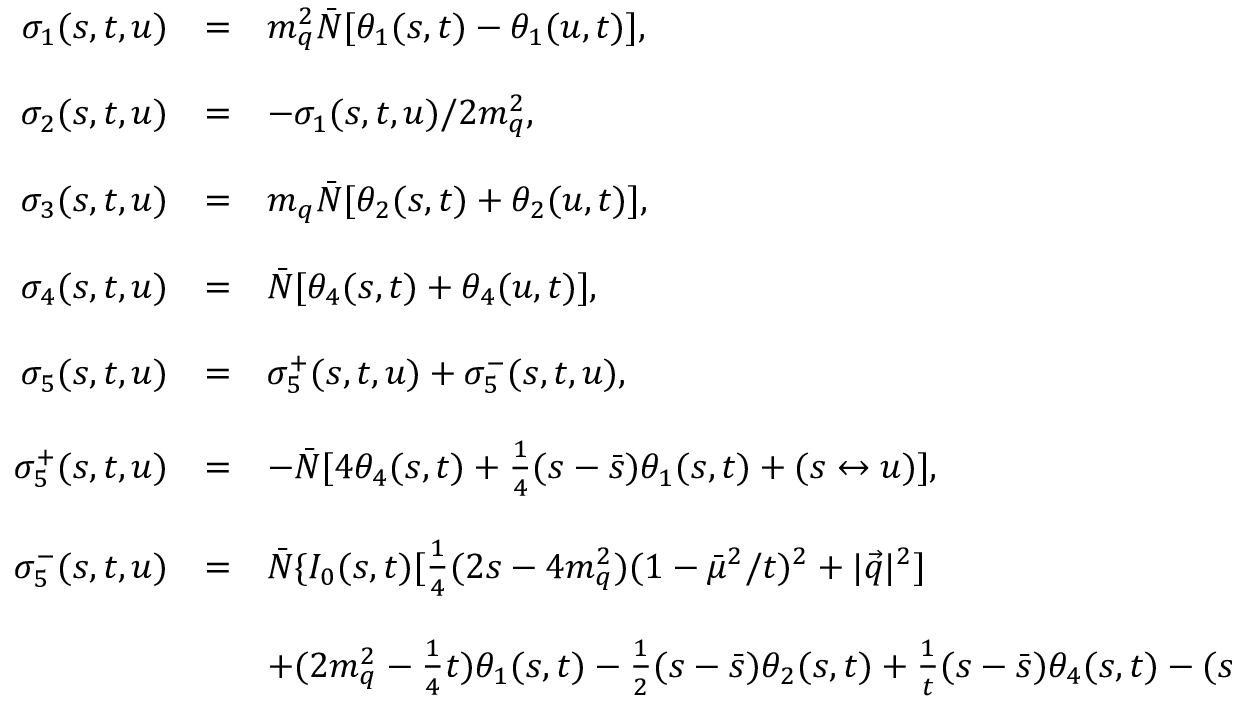
\begin{array} { r c l } { { \sigma _ { 1 } ( s , t , u ) } } & { { = } } & { { m _ { q } ^ { 2 } \bar { N } [ \theta _ { 1 } ( s , t ) - \theta _ { 1 } ( u , t ) ] , } } \\ { { } } & { { } } & { { } } \\ { { \sigma _ { 2 } ( s , t , u ) } } & { { = } } & { { - \sigma _ { 1 } ( s , t , u ) / 2 m _ { q } ^ { 2 } , } } \\ { { } } & { { } } & { { } } \\ { { \sigma _ { 3 } ( s , t , u ) } } & { { = } } & { { m _ { q } \bar { N } [ \theta _ { 2 } ( s , t ) + \theta _ { 2 } ( u , t ) ] , } } \\ { { } } & { { } } & { { } } \\ { { \sigma _ { 4 } ( s , t , u ) } } & { { = } } & { { \bar { N } [ \theta _ { 4 } ( s , t ) + \theta _ { 4 } ( u , t ) ] , } } \\ { { } } & { { } } & { { } } \\ { { \sigma _ { 5 } ( s , t , u ) } } & { { = } } & { { \sigma _ { 5 } ^ { + } ( s , t , u ) + \sigma _ { 5 } ^ { - } ( s , t , u ) , } } \\ { { } } & { { } } & { { } } \\ { { \ \sigma _ { 5 } ^ { + } ( s , t , u ) } } & { { = } } & { { - \bar { N } [ 4 \theta _ { 4 } ( s , t ) + { \frac { 1 } { 4 } } ( s - \bar { s } ) \theta _ { 1 } ( s , t ) + ( s \leftrightarrow u ) ] , } } \\ { { } } & { { } } & { { } } \\ { { \ \sigma _ { 5 } ^ { - } ( s , t , u ) } } & { { = } } & { { \bar { N } \{ I _ { 0 } ( s , t ) [ { \frac { 1 } { 4 } } ( 2 s - 4 m _ { q } ^ { 2 } ) ( 1 - \bar { \mu } ^ { 2 } / t ) ^ { 2 } + | \vec { q } | ^ { 2 } ] } } \\ { { } } & { { } } & { { } } \\ { { } } & { { } } & { { + ( 2 m _ { q } ^ { 2 } - { \frac { 1 } { 4 } } t ) \theta _ { 1 } ( s , t ) - { \frac { 1 } { 2 } } ( s - \bar { s } ) \theta _ { 2 } ( s , t ) + { \frac { 1 } { t } } ( s - \bar { s } ) \theta _ { 4 } ( s , t ) - ( s \leftrightarrow u ) \} . } } \end{array}